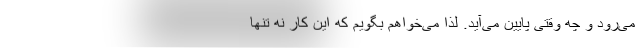
می‌رود و چه وقتی پایین می‌آید. لذا می‌خواهم بگویم که این کار نه تنها